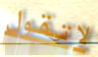
لاتقول